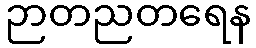
ဉာတညတရေန